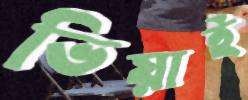
ভিয়াই